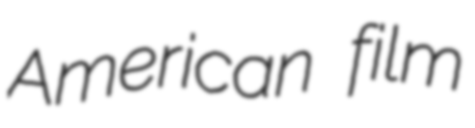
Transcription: American film